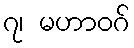
၇၊ မဟာဝဂ်